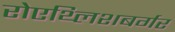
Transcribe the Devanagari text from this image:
रोएथ्लिशबर्गर